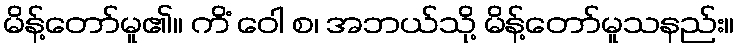
မိန့်တော်မူ၏။ ကိံ ဝေါ စ၊ အဘယ်သို့ မိန့်တော်မူသနည်း။